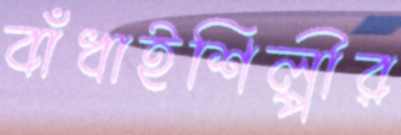
বাঁধাইশিল্পীর